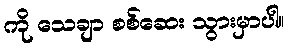
ကို သေချာ စစ်ဆေး သွားမှာပါ။